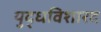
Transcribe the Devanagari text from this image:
युद्धविशारद